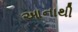
આનાથી